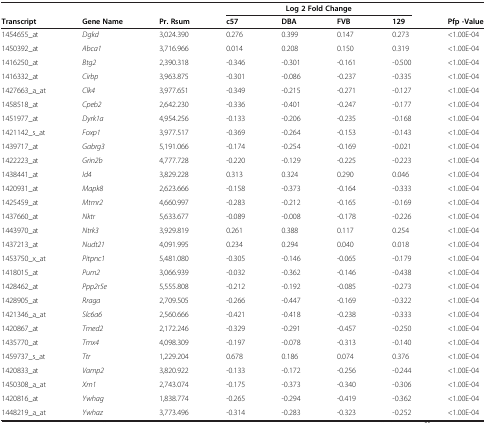
<table><thead><tr><td><b> </b></td><td><b> </b></td><td><b> </b></td><td colspan="4"><b>Log 2 Fold Change</b></td><td><b> </b></td></tr><tr><td><b>Transcript</b></td><td><b>Gene Name</b></td><td><b>Pr. Rsum</b></td><td><b>c57</b></td><td><b>DBA</b></td><td><b>FVB</b></td><td><b>129</b></td><td><b>Pfp -Value</b></td></tr></thead><tbody><tr><td>1454655_at</td><td><i>Dgkd</i></td><td>3,024.390</td><td>0.276</td><td>0.399</td><td>0.147</td><td>0.273</td><td>&lt;1.00E-04</td></tr><tr><td>1450392_at</td><td><i>Abca1</i></td><td>3,716.966</td><td>0.014</td><td>0.208</td><td>0.150</td><td>0.319</td><td>&lt;1.00E-04</td></tr><tr><td>1416250_at</td><td><i>Btg2</i></td><td>2,390.318</td><td>-0.346</td><td>-0.301</td><td>-0.161</td><td>-0.500</td><td>&lt;1.00E-04</td></tr><tr><td>1416332_at</td><td><i>Cirbp</i></td><td>3,963.875</td><td>-0.301</td><td>-0.086</td><td>-0.237</td><td>-0.335</td><td>&lt;1.00E-04</td></tr><tr><td>1427663_a_at</td><td><i>Clk4</i></td><td>3,977.651</td><td>-0.349</td><td>-0.215</td><td>-0.271</td><td>-0.127</td><td>&lt;1.00E-04</td></tr><tr><td>1458518_at</td><td><i>Cpeb2</i></td><td>2,642.230</td><td>-0.336</td><td>-0.401</td><td>-0.247</td><td>-0.177</td><td>&lt;1.00E-04</td></tr><tr><td>1451977_at</td><td><i>Dyrk1a</i></td><td>4,954.256</td><td>-0.133</td><td>-0.206</td><td>-0.235</td><td>-0.168</td><td>&lt;1.00E-04</td></tr><tr><td>1421142_s_at</td><td><i>Foxp1</i></td><td>3,977.517</td><td>-0.369</td><td>-0.264</td><td>-0.153</td><td>-0.143</td><td>&lt;1.00E-04</td></tr><tr><td>1439717_at</td><td><i>Gabrg3</i></td><td>5,191.066</td><td>-0.174</td><td>-0.254</td><td>-0.169</td><td>-0.021</td><td>&lt;1.00E-04</td></tr><tr><td>1422223_at</td><td><i>Grin2b</i></td><td>4,777.728</td><td>-0.220</td><td>-0.129</td><td>-0.225</td><td>-0.223</td><td>&lt;1.00E-04</td></tr><tr><td>1438441_at</td><td><i>Id4</i></td><td>3,829.228</td><td>0.313</td><td>0.324</td><td>0.290</td><td>0.046</td><td>&lt;1.00E-04</td></tr><tr><td>1420931_at</td><td><i>Mapk8</i></td><td>2,623.666</td><td>-0.158</td><td>-0.373</td><td>-0.164</td><td>-0.333</td><td>&lt;1.00E-04</td></tr><tr><td>1425459_at</td><td><i>Mtmr2</i></td><td>4,660.997</td><td>-0.283</td><td>-0.212</td><td>-0.165</td><td>-0.169</td><td>&lt;1.00E-04</td></tr><tr><td>1437660_at</td><td><i>Nktr</i></td><td>5,633.677</td><td>-0.089</td><td>-0.008</td><td>-0.178</td><td>-0.226</td><td>&lt;1.00E-04</td></tr><tr><td>1443970_at</td><td><i>Ntrk3</i></td><td>3,929.819</td><td>0.261</td><td>0.388</td><td>0.117</td><td>0.254</td><td>&lt;1.00E-04</td></tr><tr><td>1437213_at</td><td><i>Nudt21</i></td><td>4,091.995</td><td>0.234</td><td>0.294</td><td>0.040</td><td>0.018</td><td>&lt;1.00E-04</td></tr><tr><td>1453750_x_at</td><td><i>Pitpnc1</i></td><td>5,481.080</td><td>-0.305</td><td>-0.146</td><td>-0.065</td><td>-0.179</td><td>&lt;1.00E-04</td></tr><tr><td>1418015_at</td><td><i>Pum2</i></td><td>3,066.939</td><td>-0.032</td><td>-0.362</td><td>-0.146</td><td>-0.438</td><td>&lt;1.00E-04</td></tr><tr><td>1428462_at</td><td><i>Ppp2r5e</i></td><td>5,555.808</td><td>-0.212</td><td>-0.192</td><td>-0.085</td><td>-0.273</td><td>&lt;1.00E-04</td></tr><tr><td>1428905_at</td><td><i>Rraga</i></td><td>2,709.505</td><td>-0.266</td><td>-0.447</td><td>-0.169</td><td>-0.322</td><td>&lt;1.00E-04</td></tr><tr><td>1421346_a_at</td><td><i>Slc6a6</i></td><td>2,560.666</td><td>-0.421</td><td>-0.418</td><td>-0.238</td><td>-0.333</td><td>&lt;1.00E-04</td></tr><tr><td>1420867_at</td><td><i>Tmed2</i></td><td>2,172.246</td><td>-0.329</td><td>-0.291</td><td>-0.457</td><td>-0.250</td><td>&lt;1.00E-04</td></tr><tr><td>1435770_at</td><td><i>Tmx4</i></td><td>4,098.309</td><td>-0.197</td><td>-0.078</td><td>-0.313</td><td>-0.140</td><td>&lt;1.00E-04</td></tr><tr><td>1459737_s_at</td><td><i>Ttr</i></td><td>1,229.204</td><td>0.678</td><td>0.186</td><td>0.074</td><td>0.376</td><td>&lt;1.00E-04</td></tr><tr><td>1420833_at</td><td><i>Vamp2</i></td><td>3,820.922</td><td>-0.133</td><td>-0.172</td><td>-0.256</td><td>-0.244</td><td>&lt;1.00E-04</td></tr><tr><td>1450308_a_at</td><td><i>Xrn1</i></td><td>2,743.074</td><td>-0.175</td><td>-0.373</td><td>-0.340</td><td>-0.306</td><td>&lt;1.00E-04</td></tr><tr><td>1420816_at</td><td><i>Ywhag</i></td><td>1,838.774</td><td>-0.265</td><td>-0.294</td><td>-0.419</td><td>-0.362</td><td>&lt;1.00E-04</td></tr><tr><td>1448219_a_at</td><td><i>Ywhaz</i></td><td>3,773.496</td><td>-0.314</td><td>-0.283</td><td>-0.323</td><td>-0.252</td><td>&lt;1.00E-04</td></tr></tbody></table>